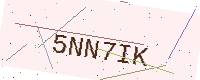
Text: 5NN7IK